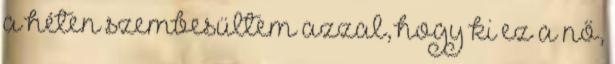
a héten szembesültem azzal, hogy ki ez a nő,